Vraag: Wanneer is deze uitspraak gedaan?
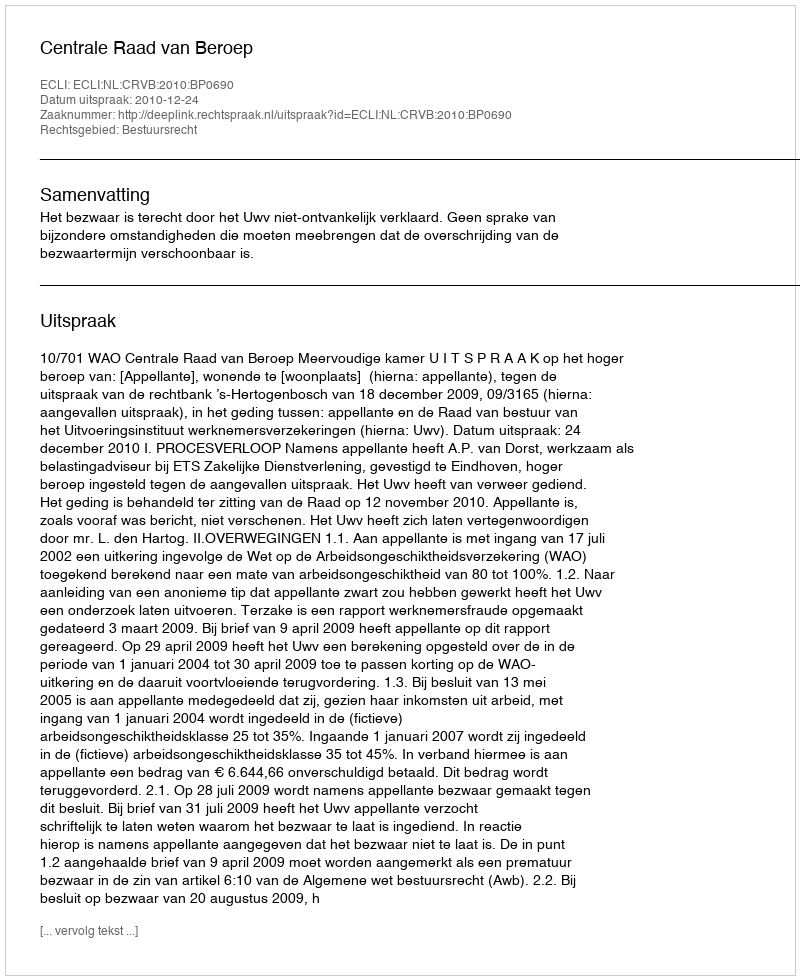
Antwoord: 2010-12-24